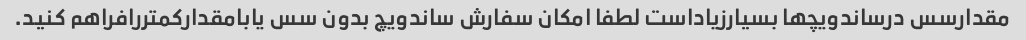
مقدارسس درساندویچها بسیارزیاداست لطفا امکان سفارش ساندویچ بدون سس یابامقدارکمتررافراهم کنید.